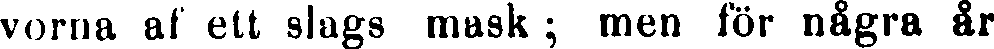
vorna af ett slags mask ; men tor några är